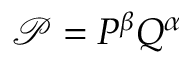
\mathcal { P } = P ^ { \beta } Q ^ { \alpha }